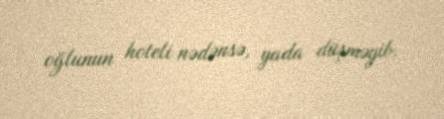
oğlunun hoteli nədənsə, yada düşməyib.